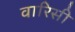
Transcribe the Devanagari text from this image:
वारिसी